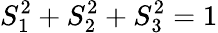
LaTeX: S_{1}^{2}+S_{2}^{2}+S_{3}^{2}=1